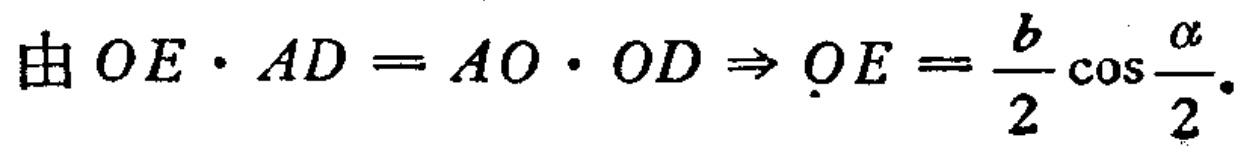
由 \(OE\cdot AD = AO\cdot OD \Rightarrow OE = \frac{b}{2}\cos\frac{\alpha}{2}\)。